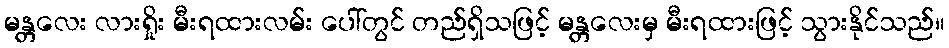
မန္တလေး လားရှိုး မီးရထားလမ်း ပေါ်တွင် တည်ရှိသဖြင့် မန္တလေးမှ မီးရထားဖြင့် သွားနိုင်သည်။